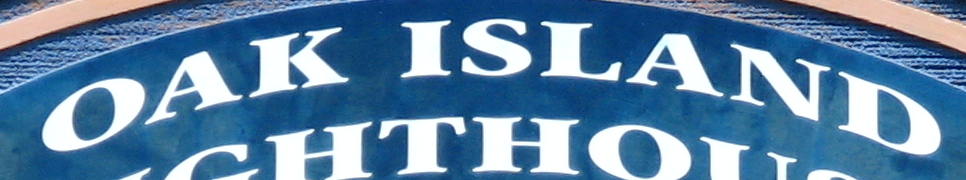
OAK ISLAND